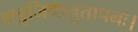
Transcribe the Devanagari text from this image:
शत्रुजिच्छत्रुतापनः।